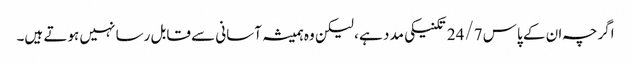
اگرچہ ان کے پاس 24/7 تکنیکی مدد ہے ، لیکن وہ ہمیشہ آسانی سے قابل رسا نہیں ہوتے ہیں۔